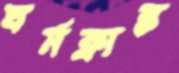
ঘর্মক্লান্ত